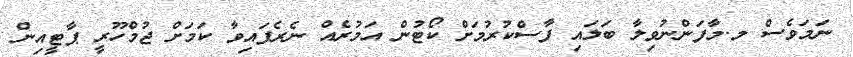
ނަމަވެސް މ.މާފަންނުވިލާ ބަލައި ފާސްކުރުމަށް ކޯޓުން އަމުރެއް ނެރެފައިވާ ކަމަށް ޖުމްހޫރީ ޕާޓީއިން